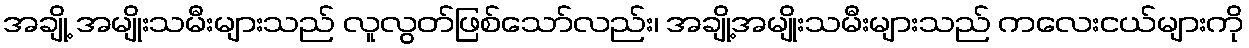
အချို့ အမျိုးသမီးများသည် လူလွတ်ဖြစ်သော်လည်း၊ အချို့အမျိုးသမီးများသည် ကလေးငယ်များကို